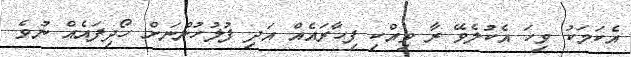
އެކަމަކު ވިހަ އެކުލެވޭ ރާ ވިއްކި ފިހާރައެއް އަދި ފުލުހުންނަށް ހޯދިފައެއް ނުވެ